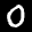
Label: 0